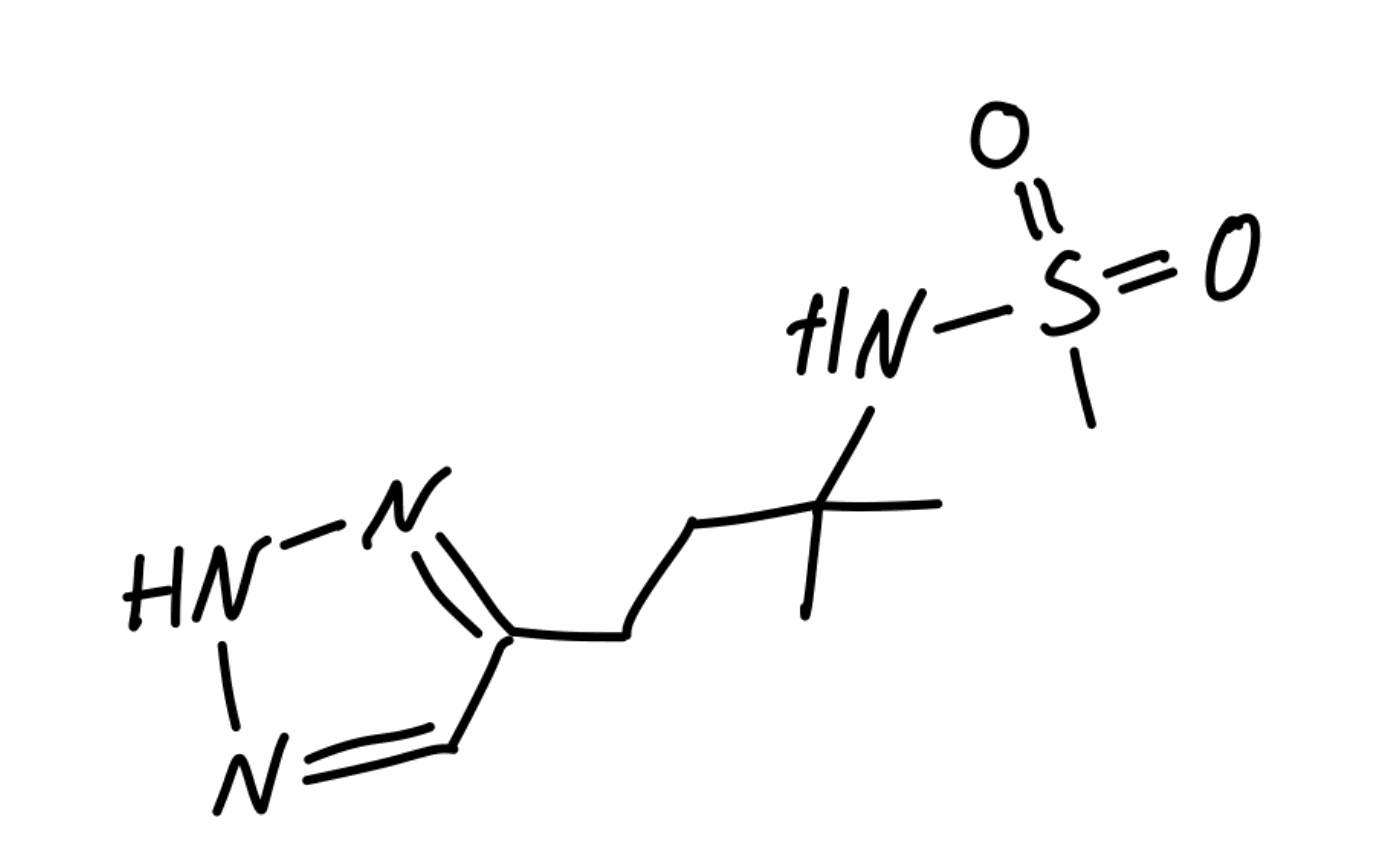
Simplified molecular-input line-entry system (SMILES) notation of the given molecule:
CC(C)(CCC1=NNN=C1)NS(=O)(=O)C